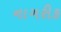
નાગરીક